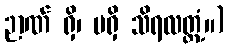
ဉာဏ် ရှိ၊ မရှိ သိရလတ္တံ့။)